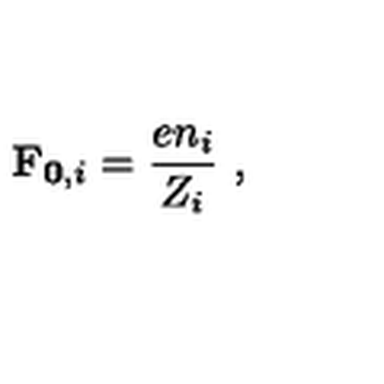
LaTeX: \mathbf { F } _ { \mathbf { 0 } , i } = \frac { e n _ { i } } { Z _ { i } } \ ,